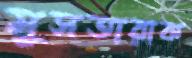
মুসতারাক